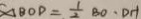
\Delta B O D = \frac { 1 } { 2 } B O \cdot D H